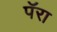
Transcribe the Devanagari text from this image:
पॅरा